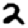
Digit: 2